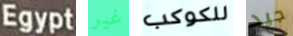
Egypt غير للكوكب جيد